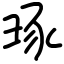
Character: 琢